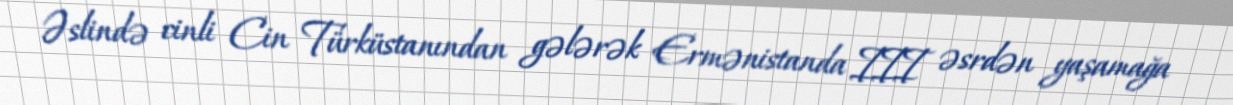
Əslində cinli Cin Türküstanından gələrək Ermənistanda III əsrdən yaşamağa